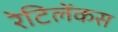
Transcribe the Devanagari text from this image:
रेटिलेंकस